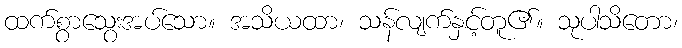
ထက်စွာသွေးအပ်သော။ အသိယထာ၊ သန်လျက်နှင့်တူ၏။ သုပါသိတော၊